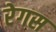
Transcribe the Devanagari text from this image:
रेगस